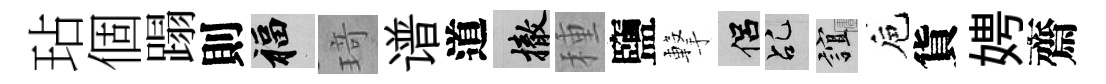
玷個蹋則福𤦺谱道撤種鹽撃侣乩誼巵貨娉齋